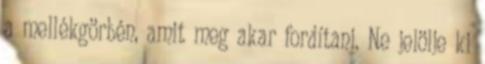
a mellékgörbén, amit meg akar fordítani. Ne jelölje ki